Annual report on the Civil Veterinary Department, Burma (including the Insein Veterinary School) - 1932-1941
Year: 1932
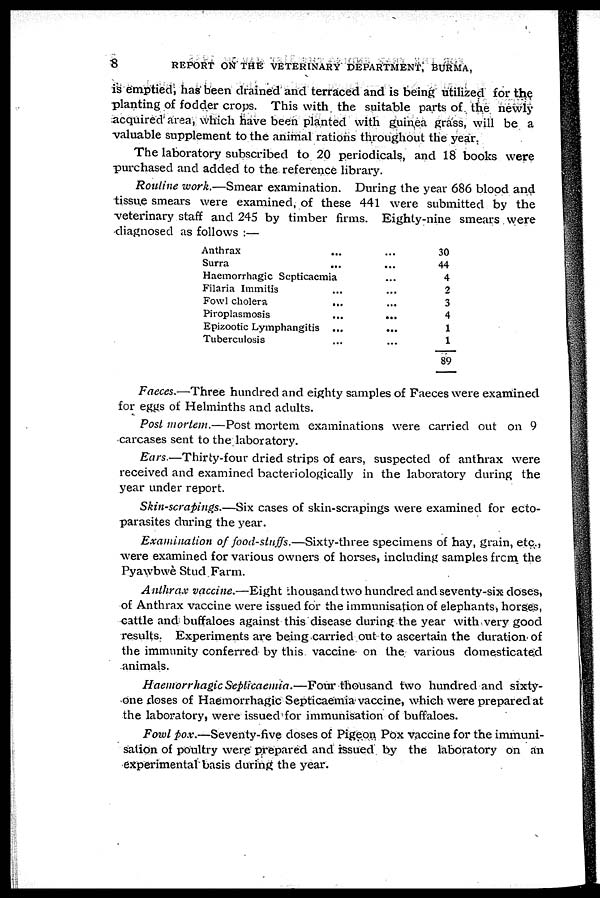
8
REPORT ON THE VETERINARY DEPARTMENT, BURMA,
is emptied, has been drained and terraced and is being utilized for the
planting of fodder crops. This with the suitable parts of the newly
acquired area, which have been planted with guinea grass, will be a
valuable supplement to the animal rations throughout the year.
The laboratory subscribed to 20 periodicals, and 18 books were
purchased and added to the reference library.
Routine work.—Smear examination. During the year 686 blood and
tissue smears were examined, of these 441 were submitted by the
veterinary staff and 245 by timber firms. Eighty-nine smears were
diagnosed as follows :—
Anthrax ...
Surra ...
Haemorrhagic Septicaemia
Filaria Immitis ...
Fowl cholera ...
Piroplasmosis ...
Epizootic Lymphangitis ...
Tuberculosis ...
...
...
...
...
...
...
...
...
30
44
4
2
3
4
1
1
89
Faeces.—Three hundred and eighty samples of Faeces were examined
for eggs of Helminths and adults.
Post mortem.—Post mortem examinations were carried out on 9
carcases sent to the laboratory.
Ears.—Thirty-four dried strips of ears, suspected of anthrax were
received and examined bacteriologically in the laboratory during the
year under report.
Skin-scrapings.—Six cases of skin-scrapings were examined for ecto-
parasites during the year.
Examination of food-stuffs.—Sixty-three specimens of hay, grain, etc.,
were examined for various owners of horses, including samples from the
Pyawbwè Stud Farm.
Anthrax vaccine.—Eight housand two hundred and seventy-six doses,
of Anthrax vaccine were issued for the immunisation of elephants, horses,
cattle and buffaloes against this disease during the year with very good
results. Experiments are being carried out to ascertain the duration of
the immunity conferred by this vaccine on the various domesticated
animals.
Haemorrhagic Septicaemia.—Four thousand two hundred and sixty-
one doses of Haemorrhagic Septicaemia vaccine, which were prepared at
the laboratory, were issued for immunisation of buffaloes.
Fowl pox.—Seventy-five doses of Pigeon Pox vaccine for the immuni-
sation of poultry were prepared and issued by the laboratory on an
experimental basis during the year.